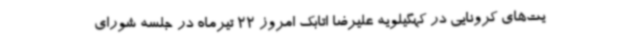
یت‌های کرونایی در کهگیلویه علیرضا اتابک امروز 22 تیرماه در جلسه شورای